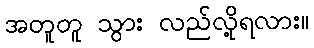
အတူတူ သွား လည်လို့ရလား။